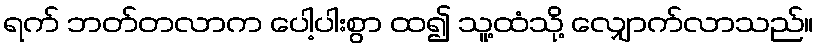
ရက် ဘတ်တလာက ပေါ့ပါးစွာ ထ၍ သူ့ထံသို့ လျှောက်လာသည်။